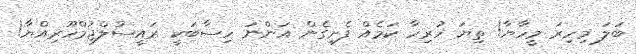
ބަލަ މިހިރަ މީހާޔާ! ތިޔަ ހުރިހާ ކަމެއް ފެށިގެން އަންނަ ހިސާބަކީ ރައީސުލްޖުމްހޫރިއްޔާ!